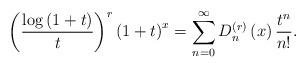
LaTeX: \begin{align*}\left(\frac{\log\left(1+t\right)}{t}\right)^{r}\left(1+t\right)^{x}=\sum_{n=0}^{\infty}D_{n}^{\left(r\right)}\left(x\right)\frac{t^{n}}{n!}.\end{align*}